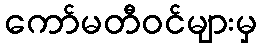
ကော်မတီဝင်များမှ